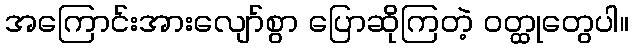
အကြောင်းအားလျော်စွာ ပြောဆိုကြတဲ့ ဝတ္ထုတွေပါ။